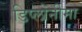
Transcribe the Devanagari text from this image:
डिप्लोनीमा